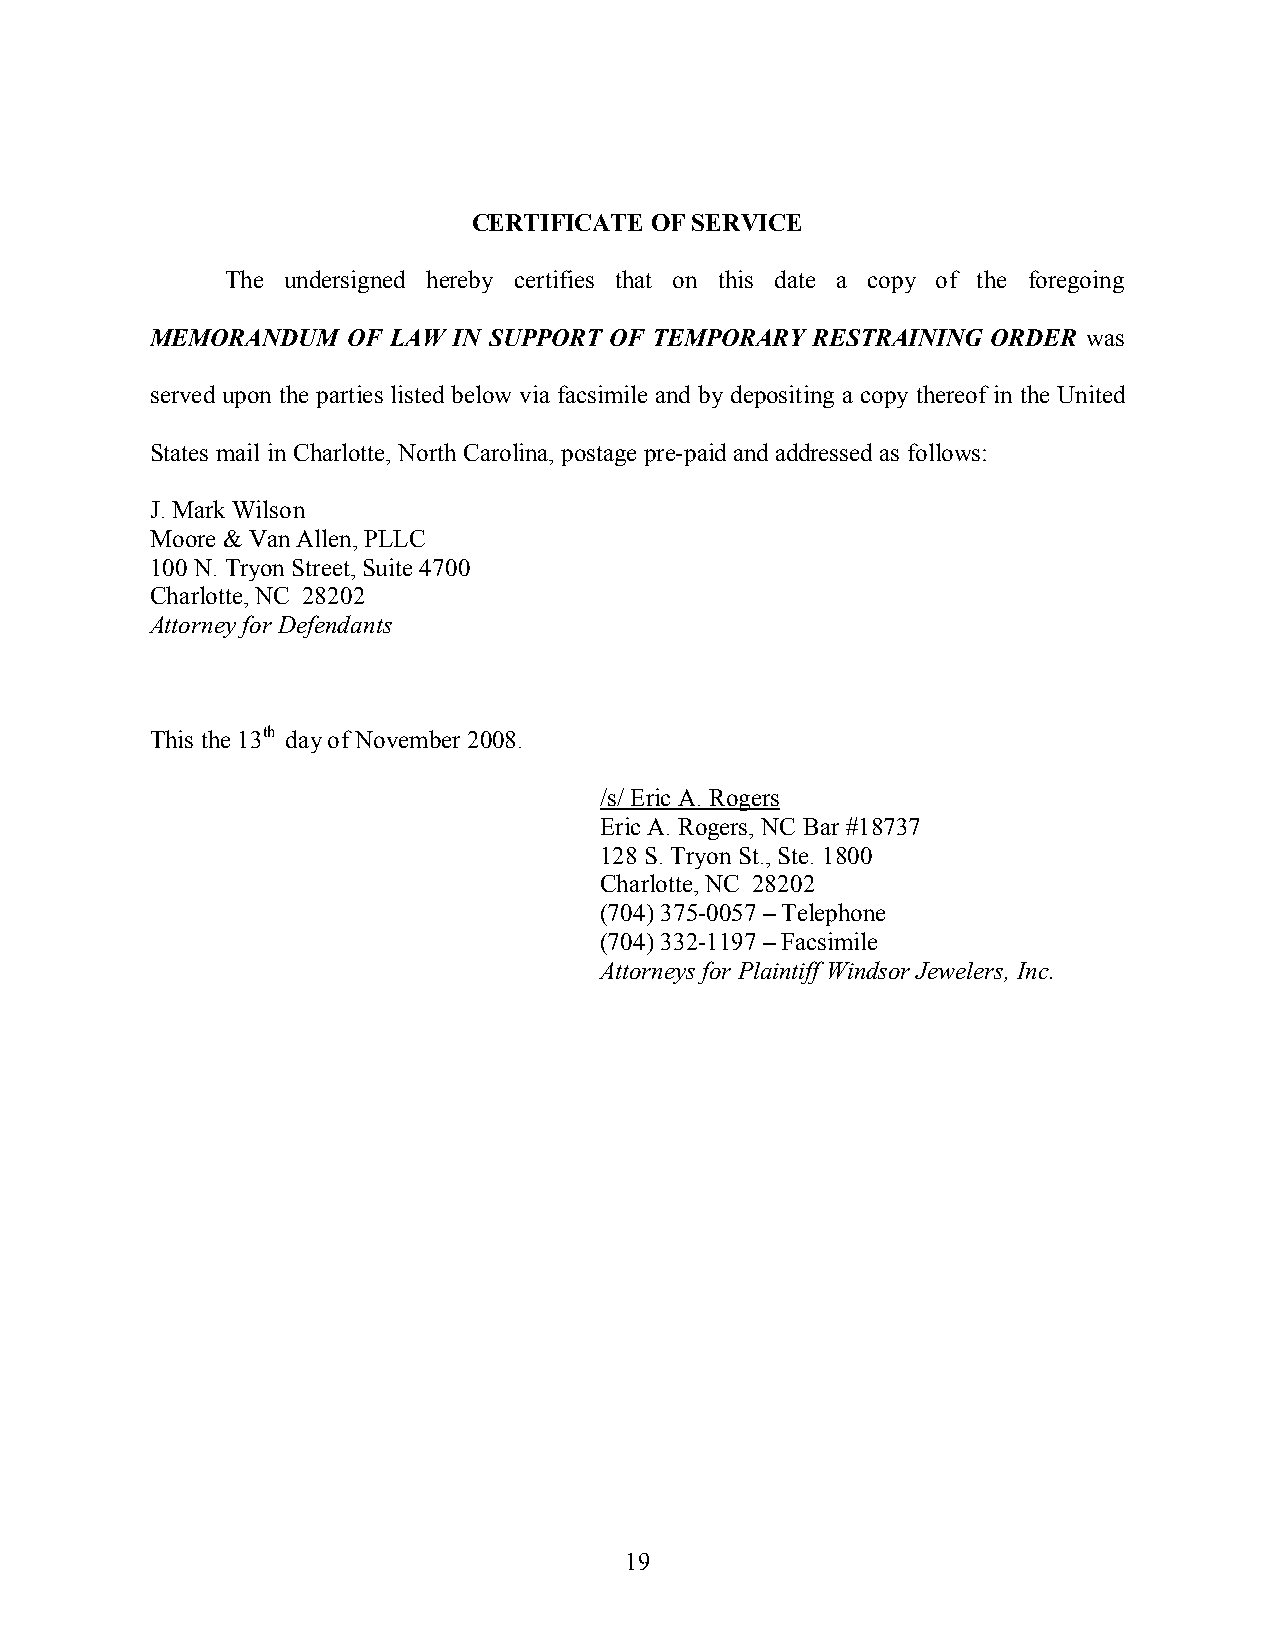
CERTIFICATE OF SERVICE
 The undersigned hereby certifies that on this date a copy of the foregoing
 MEMORANDUM   OF LAW IN SUPPORT OF TEMPORARY RESTRAINING ORDER was
 served upon the parties listed below via facsimile and by depositing a copy thereof in the United
 States mail in Charlotte, North Carolina, postage pre-paid and addressed as follows:
 J. Mark Wilson
 Moore & Van Allen, PLLC
 100 N. Tryon Street, Suite 4700
 Charlotte, NC 28202
 Attorney for Defendants
 This the 13th dayofNovember 2008.
 /s/ Eric A. Rogers
 Eric A. Rogers, NC Bar #18737
 128 S. Tryon St., Ste. 1800
 Charlotte, NC 28202
 (704) 375-0057 –Telephone
 (704) 332-1197 –Facsimile
 Attorneys for Plaintiff Windsor Jewelers, Inc.
 19